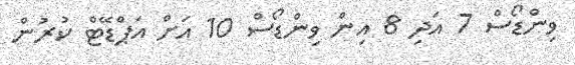
ވިންޑޯސް 7 އަދި 8 އިން ވިންޑޯސް 10 އަށް އަޕްޑޭޓް ކުރުން